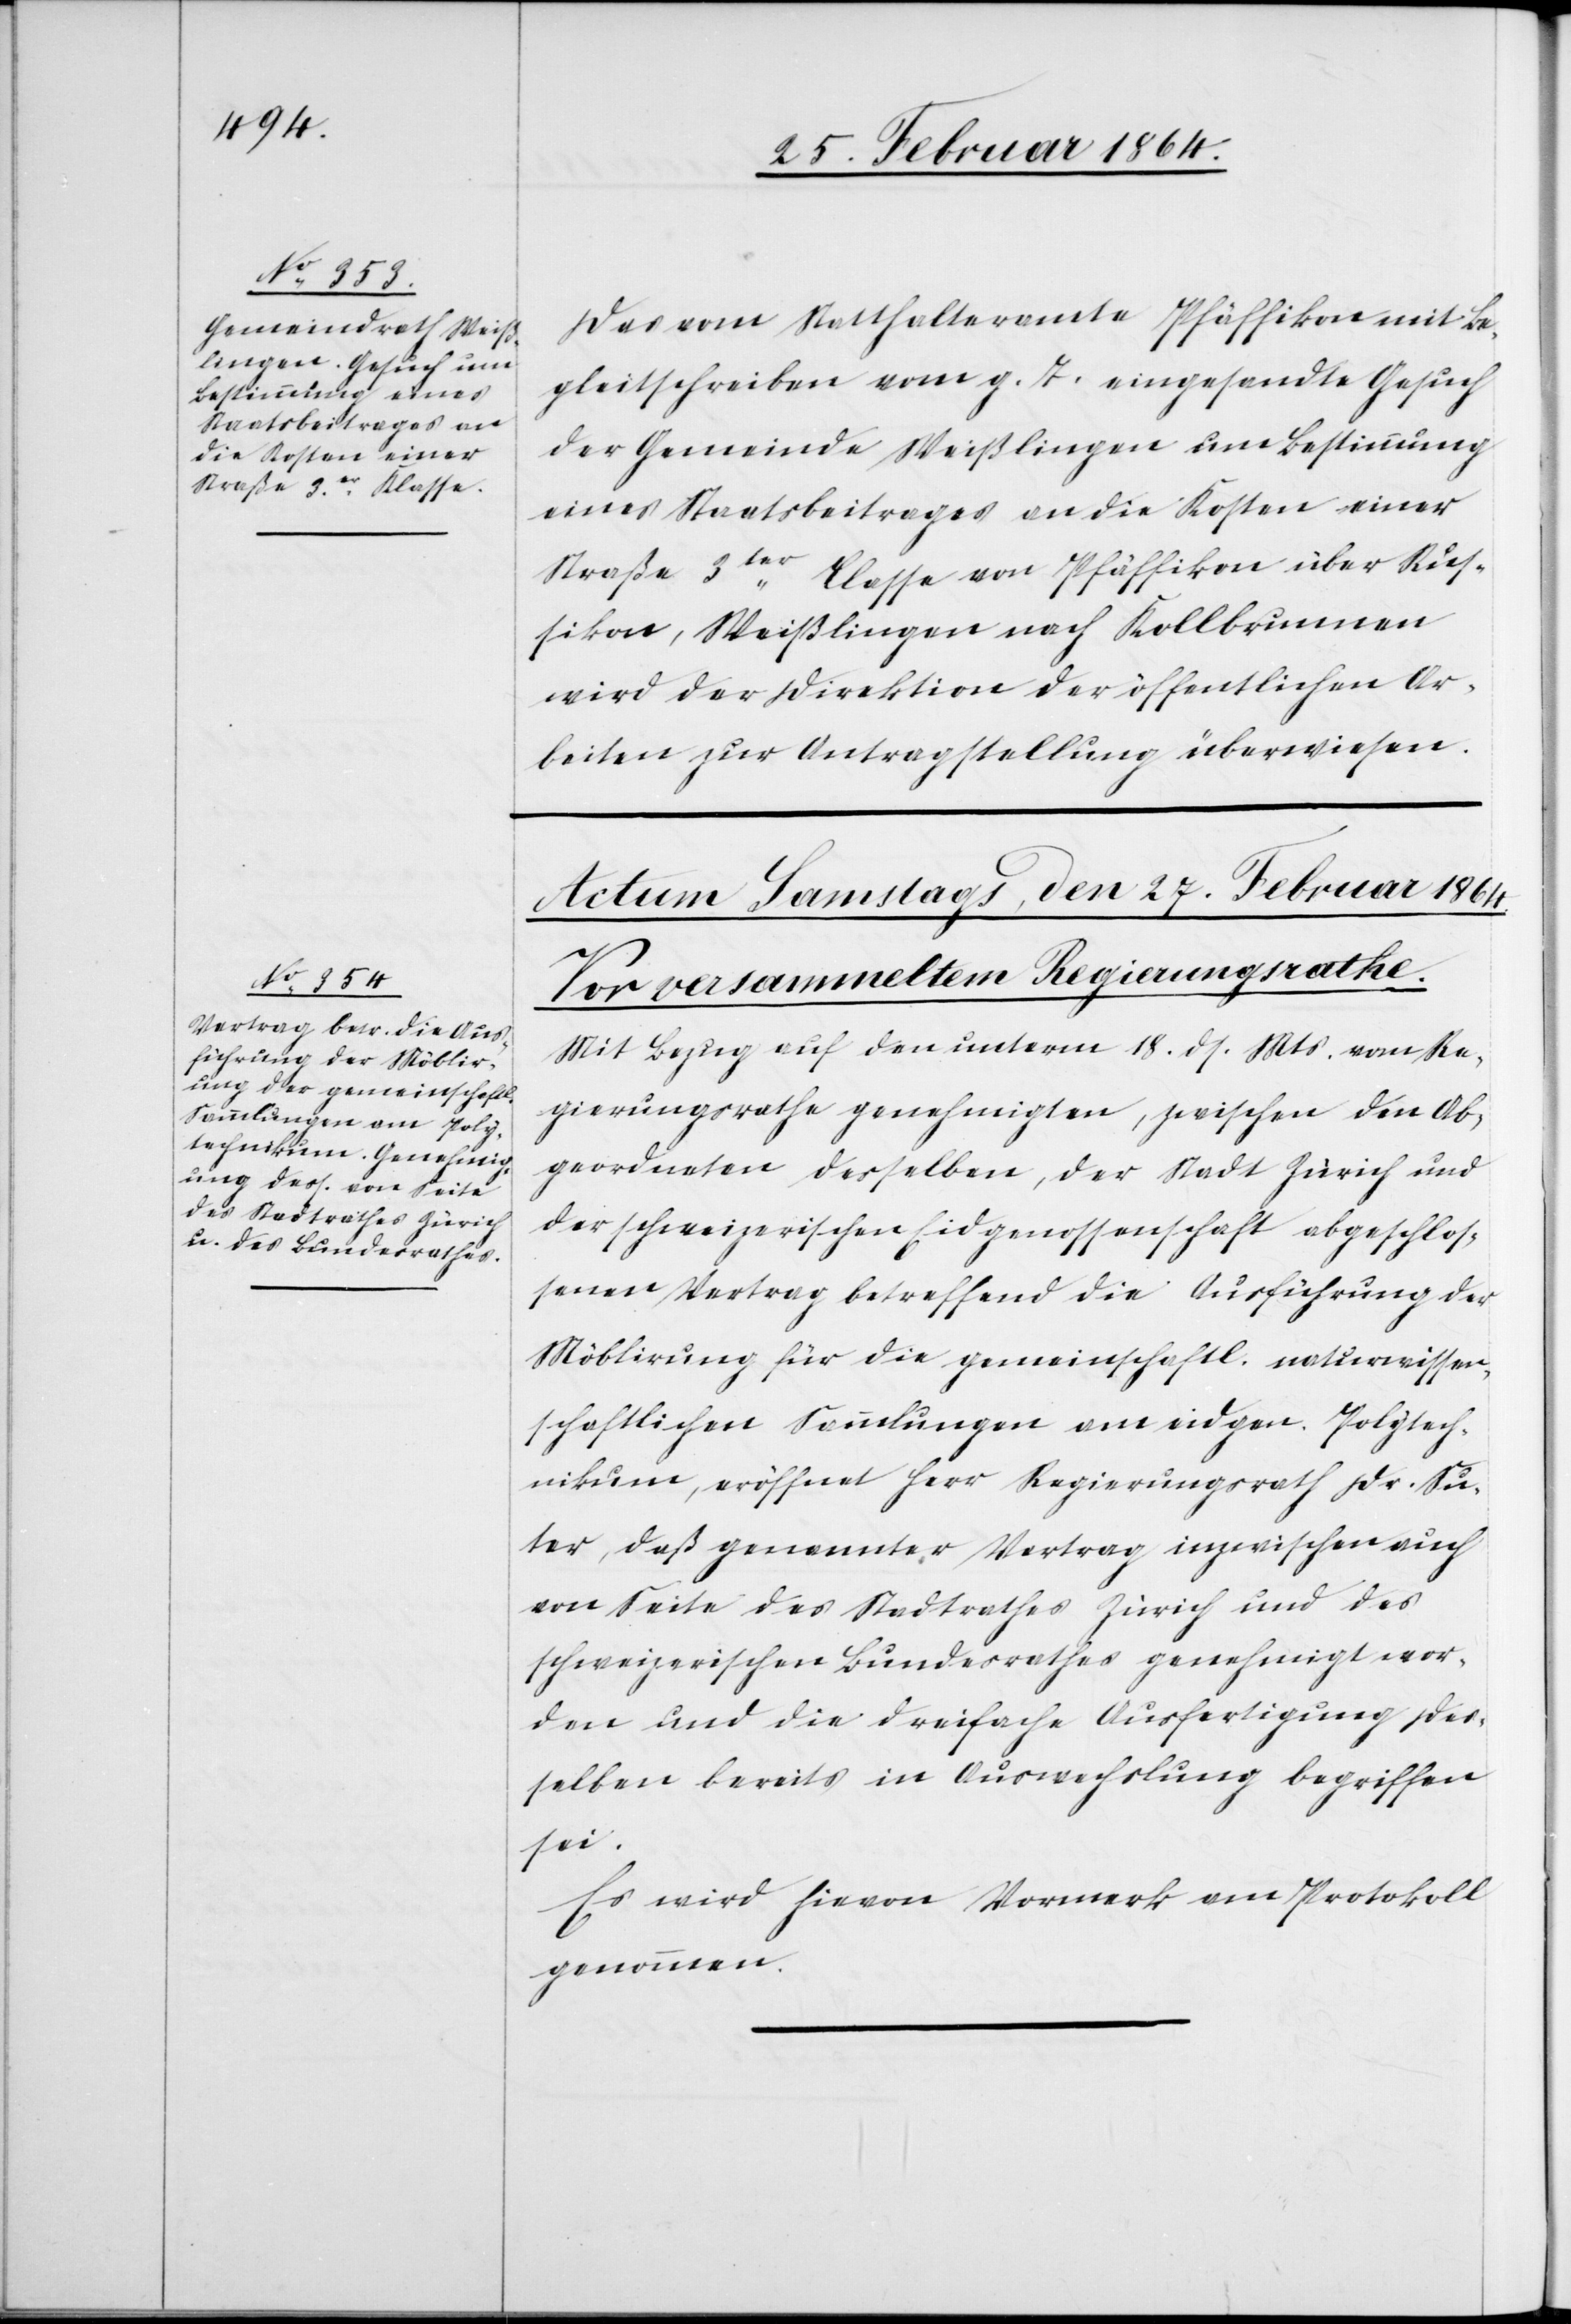
26. Februar 1864.]
Das vom Statthalteramte Pfäffikon mit Be¬
gleitschreiben vom g. T. eingesandte Gesuch
der Gemeinde Weißlingen um Bestimmung
eines Staatsbeitrages an die Kosten einer
Straße 3ter Classe von Pfäffikon über Rus¬
sikon, Weißlingen nach Kollbrunnen
wird der Direktion der öffentlichen Ar¬
beiten zur Antragstellung überwiesen.
Mit Bezug auf den unterm 18. ds. Mts. vom Re¬
gierungsrathe genehmigten, zwischen den Ab¬
geordneten desselben, der Stadt Zürich und
der schweizerischen Eidgenossenschaft abgeschlos¬
senen Vertrag betreffend die Ausführung der
Möblirung für die gemeinschaftl. naturwissen¬
schaftlichen Sammlungen am eidgen. Polytech¬
nikum, eröffnet Herr Regierungsrath Dr. Su¬
ter, daß genannter Vertrag inzwischen auch
von Seite des Stadtrathes Zürich und des
schweizerischen Bundesrathes genehmigt wor¬
den und die dreifache Ausfertigung der¬
selben bereits in Auswechslung begriffen
sei.
Es wird hievon Vermerk am Protokoll
genommen.